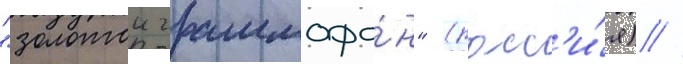
"золотои граммофо́н" (росс'и́я) //